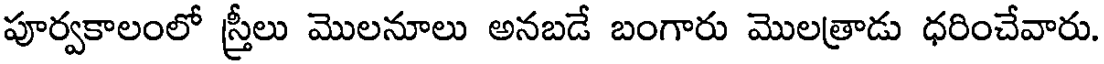
పూర్వకాలంలో స్త్రీలు మొలనూలు అనబడే బంగారు మొలత్రాడు ధరించేవారు.